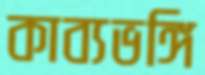
কাব্যভঙ্গি